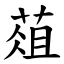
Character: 葅